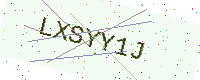
Text: LXSYY1J